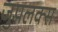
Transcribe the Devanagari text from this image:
जुपलक्स